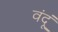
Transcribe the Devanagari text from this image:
वंदूं